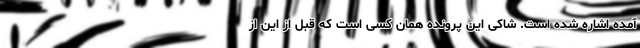
آمده اشاره شده است. شاکی این پرونده همان کسی است که قبل از این از